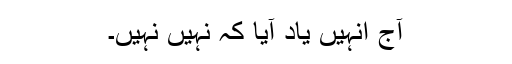
آج انہیں یاد آیا کہ نہیں نہیں۔